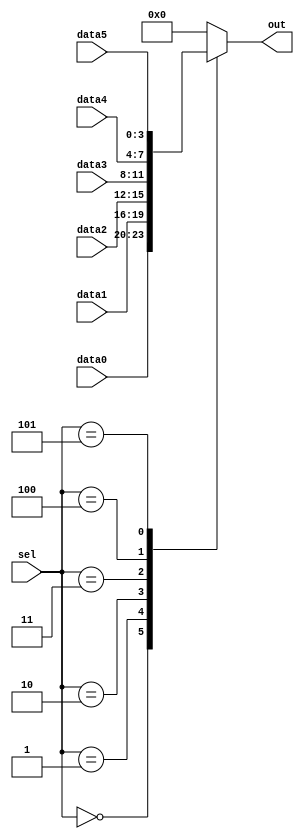
module top_module ( 
    input [2:0] sel, 
    input [3:0] data0,
    input [3:0] data1,
    input [3:0] data2,
    input [3:0] data3,
    input [3:0] data4,
    input [3:0] data5,
    output reg [3:0] out   );//

    always@(*) begin  // This is a combinational circuit
        case(sel)
            3'b000:out=data0;
            3'b001:out=data1;
            3'b010:out=data2;
            3'b011:out=data3;
            3'b100:out=data4;
            3'b101:out=data5;
            default:out=0;
        endcase
    end

endmodule